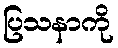
ပြသနာကို